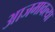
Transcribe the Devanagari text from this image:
आजमावल्या